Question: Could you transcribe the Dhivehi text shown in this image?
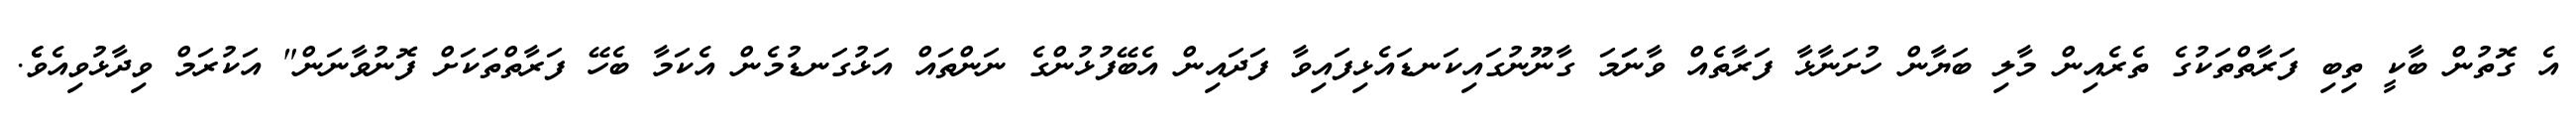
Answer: އެ ގޮތުން ބާކީ ތިބި ފަރާތްތަކުގެ ތެރެއިން މާލި ބަޔާން ހުށަނާޅާ ފަރާތެއް ވާނަަމަ ގާނޫނުގައިކަނޑައެޅިފައިވާ ފަދައިން އެބޭފުޅުންގެ ނަންތައް އަޅުގަނޑުމެން އެކަމާ ބެހޭ ފަރާތްތަކަށް ފޮނުވާނަން" އަކުރަމް ވިދާޅުވިއެވެެ.